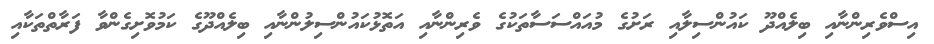
އިސްވެރިންނާއި ބިލެއްދޫ ކައުންސިލާއި ރަށުގެ މުއައްސަސާތަކުގެ ވެރިންނާއި އަތޮޅުކައުންސިލުންނާއި ބިލެއްދޫގެ ކަމުވޮށިގެންވާ ފަރާތްތަކާއި